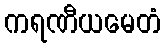
ကရဏီယမေတံ